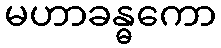
မဟာခန္ဓကော